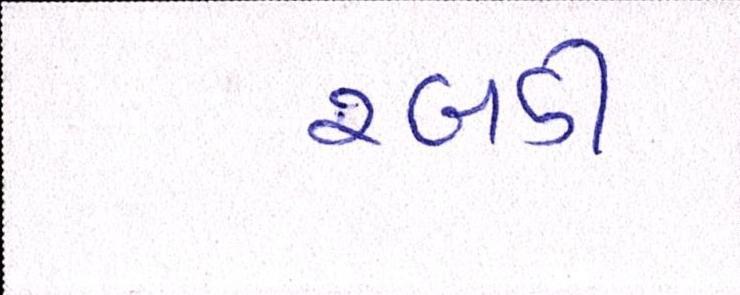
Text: રબડી